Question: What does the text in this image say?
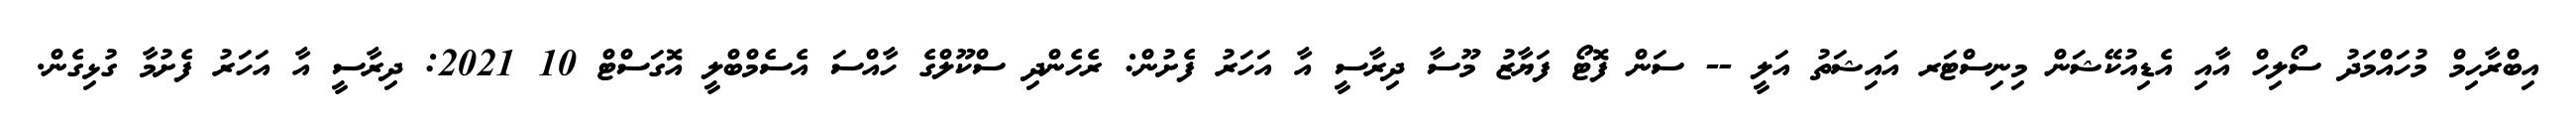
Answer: އިބްރާހިމް މުހައްމަދު ސޯލިހް އާއި އެޑިއުކޭޝަން މިނިސްޓަރ އައިޝަތު އަލީ -- ސަން ފޮޓޯ ފަޔާޒު މޫސާ ދިރާސީ އާ އަހަރު ފެށުން: ރެހެންދި ސްކޫލްގެ ހާއްސަ އެސެމްބްލީ އޮގަސްޓް 10 2021: ދިރާސީ އާ އަހަރު ފެށުމާ ގުޅިގެން.